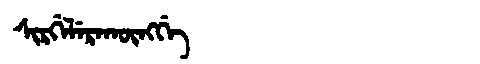
Manchu: ᠰᡳᡵᡤᡝᠯᡝᡵᠠᡴᡡᠩᡤᡝ
Romanization: SIRGELERAKŪNGGE